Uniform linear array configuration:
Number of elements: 16
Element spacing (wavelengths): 0.75
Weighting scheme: cosine
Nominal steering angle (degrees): -30
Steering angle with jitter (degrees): -31.869
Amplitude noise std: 0.05
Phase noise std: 0.05

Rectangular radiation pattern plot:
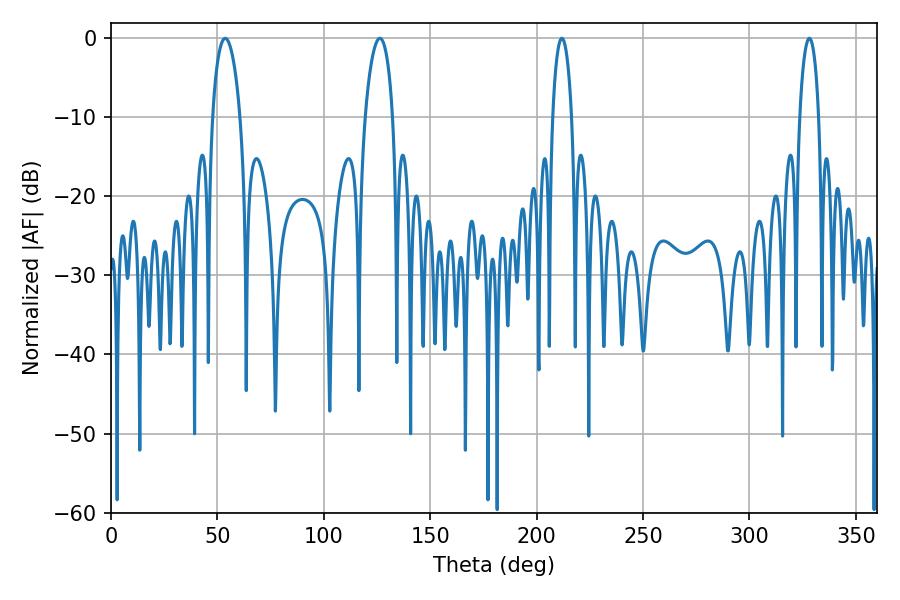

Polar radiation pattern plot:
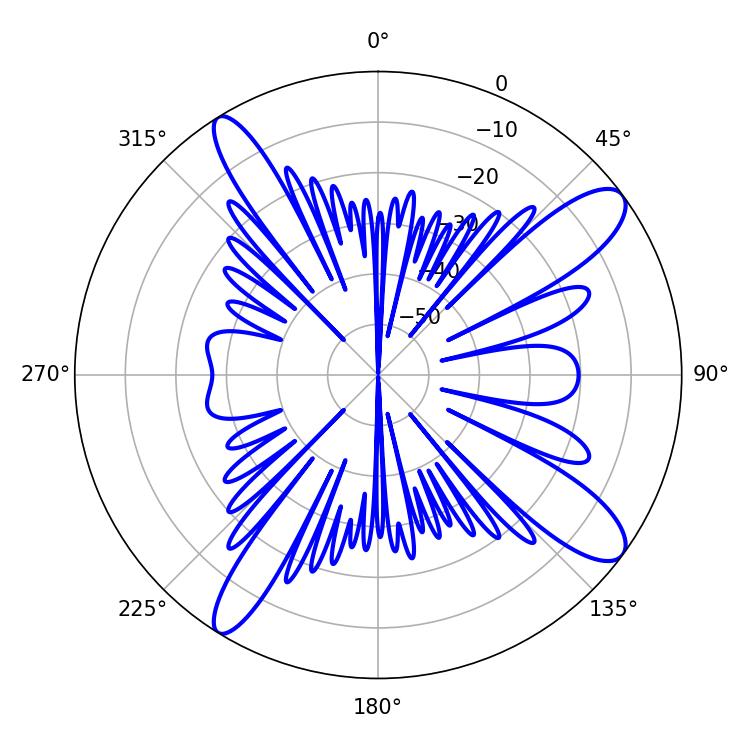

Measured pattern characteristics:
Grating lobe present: TRUE
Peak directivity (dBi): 12.045
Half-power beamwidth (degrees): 5.04
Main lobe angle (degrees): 211.86